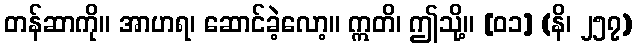
တန်ဆာကို။ အာဟရ၊ ဆောင်ခဲ့လော့။ ဣတိ၊ ဤသို့။ [၀၁] (နိ၊ ၂၅၇)